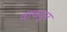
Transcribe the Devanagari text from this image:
वाचवुन